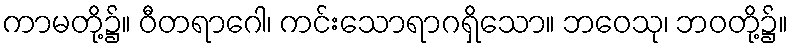
ကာမတို့၌။ ဝီတရာဂေါ၊ ကင်းသောရာဂရှိသော။ ဘဝေသု၊ ဘဝတို့၌။